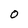
Character: O